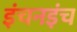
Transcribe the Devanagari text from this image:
इंचनइंच